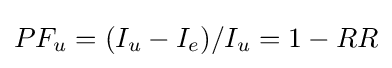
PF_{u}=(I_{u}-I_{e})/I_{u}=1-RR